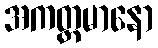
အကတ္ထမာနော